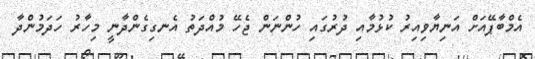
އެމްބާޕޭއަށް އަނިޔާވިއިރު ކުޅުމާއި ދުރުގައި ހުންނަން ޖެހޭ މުއްދަތު އެނގިގެންދާނީ މިހާރު ހަދަމުންދާ